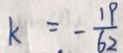
k = - \frac { 1 9 } { 6 2 }